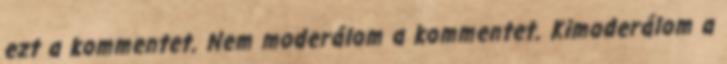
ezt a kommentet. Nem moderálom a kommentet. Kimoderálom a